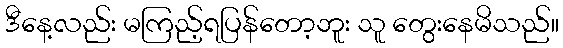
ဒီနေ့လည်း မကြည့်ရပြန်တော့ဘူး သူ တွေးနေမိသည်။